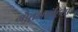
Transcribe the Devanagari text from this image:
गौतमसंहिता